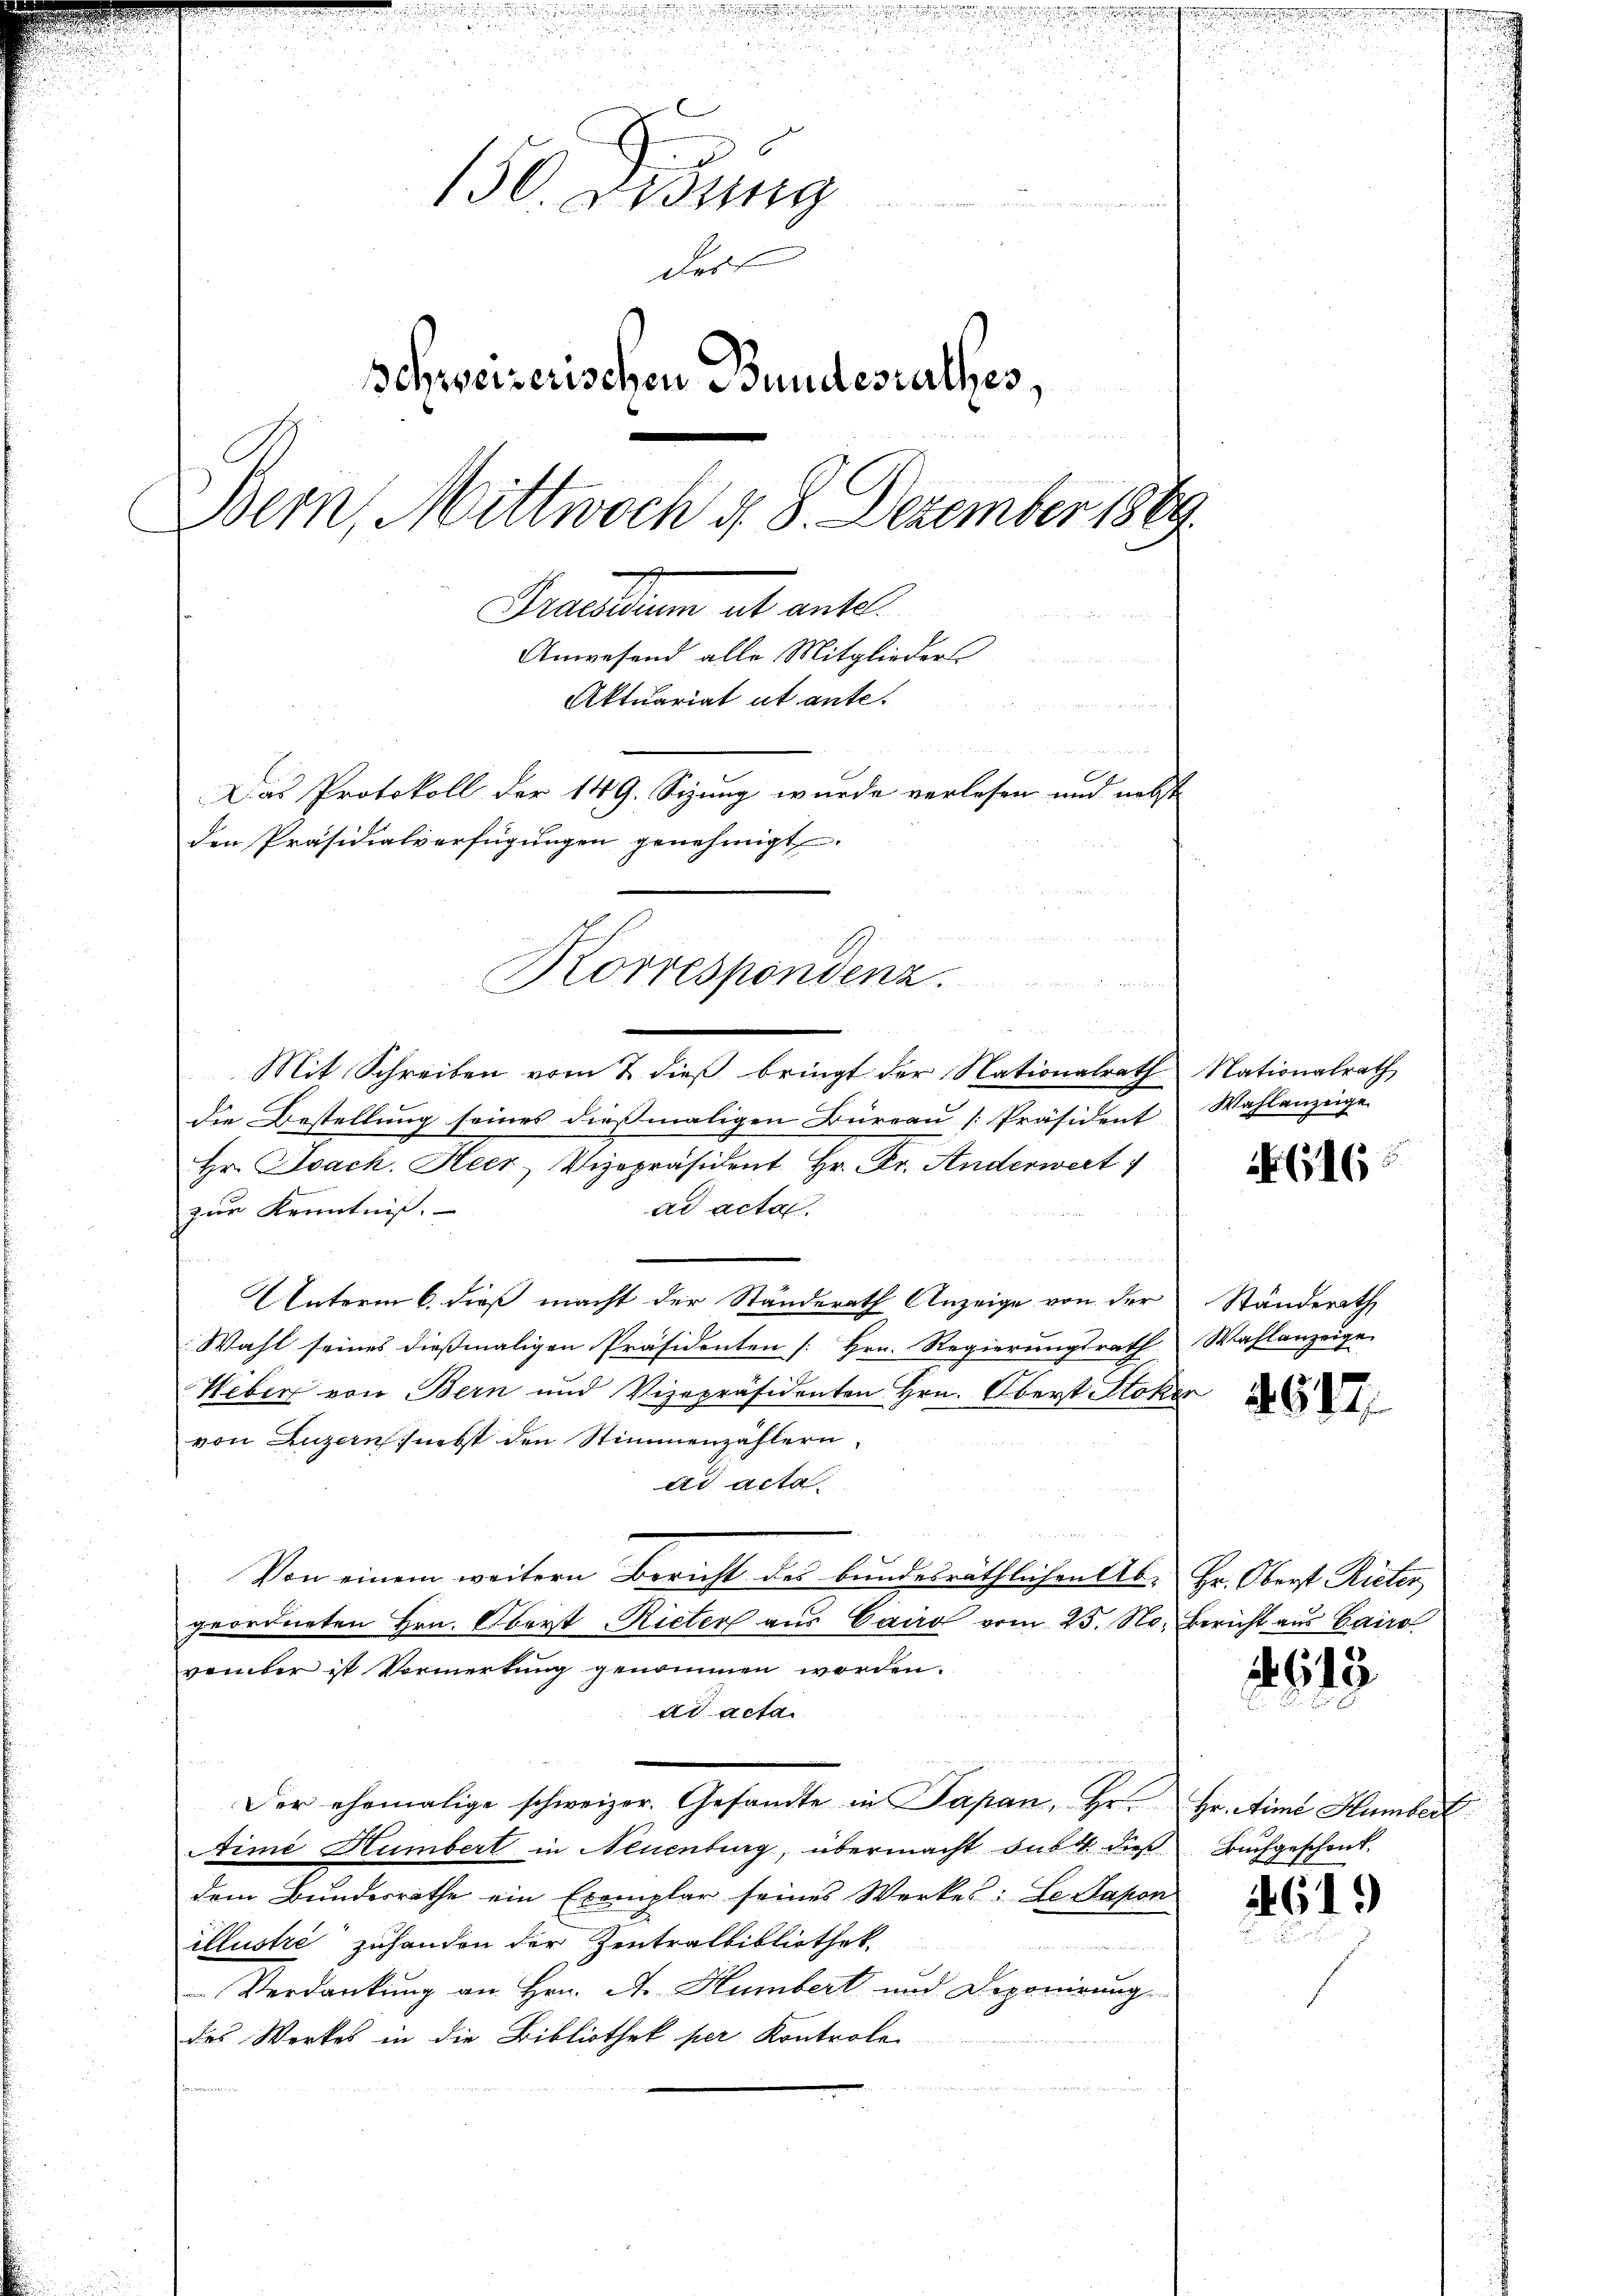
und eine einen eine
uhin

d

.

u
6
130. Dessing

e
des
Schweizerischen Bundesrathes,
Bern, Mittwoch d. 8. Dezember 1889.
Kardaun ab antel
Anwesend alle Mitglieders
Aktuariat ut ante.
E
Das Protokoll der 149. Sizung wurde verlesen und nebst
den Präsidialverfügungen genehmigt.

Korrespondenz.
-

u
2
Mit Schreiben vom 2. dieβ bringt der Nationalrath Nationalrath
die Bestellung seines dießmaligen Büreau [Präsident
Hr. Joach. Heer, Vizepräsident Hr. Fr. Anderwert
ad acta.
zur Kenntniß.
UUnterm 6. dieß macht der Ständerath Anzeige von der Ständerath
Wahl seines dießmaligen Präsidenten [Hrn. Regierungsrath Wahlanzeige
Heber von Bern und Vizepräsidenten Hrn. Oberst Stoker
von Luzern nebst den Stimmenzählern.
ad acta
Von einem weitern Bericht des bundesräthlichen Ab- Hr. Oberst Rieter
geordneten Hrn. Oberst Rieter aus Cairo vom 25. No. Bericht aus Cairo
vember ist Vormerkung genommen worden.
ad acta
Der ehemalige schweizer. Gesandte in Papan, Hr. Hr. Aime Humbert
Aimé Humbert in Neuenburg, übermacht du dies Buchgeschenk.
dem Bundesrathe ein Exemplar seines Werkes: Le Dapon
illustre“ zuhanden der Zentralbibliothek.
Verdankung an Hrn. A. Humbert und Deponirung
des Werkes in die Bibliothek per Kontrole

u

Wahlanzeige

116

2619.

619)